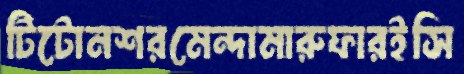
টিটোনশরমেন্দামারুফারইসি